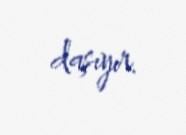
daşıyır.